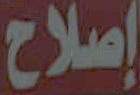
إصلاح